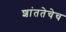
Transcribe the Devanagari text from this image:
शांततेचेच